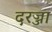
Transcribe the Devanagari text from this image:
दरज्जा